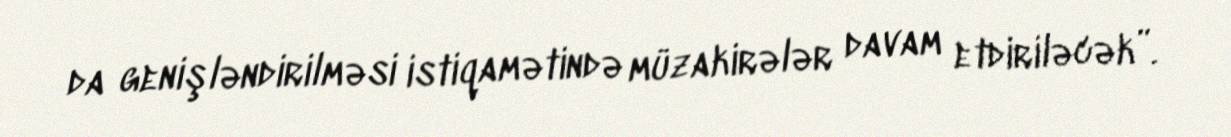
da genişləndirilməsi istiqamətində müzakirələr davam etdiriləcək”.